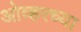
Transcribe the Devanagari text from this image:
ओव्हरच्या